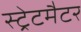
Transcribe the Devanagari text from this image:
स्ट्रेटमैटर